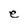
Character: e